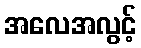
အလေအလွင့်